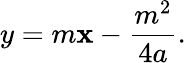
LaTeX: y=m\mathbf{x}-{\frac{{m^{2}}}{{4a}}}.